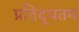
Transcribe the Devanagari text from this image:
प्रतिद्धतम